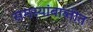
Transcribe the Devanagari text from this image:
समस्यांबाब्तीत